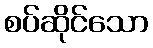
စပ်ဆိုင်သော